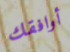
أوافقك